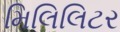
મિલિલિટર